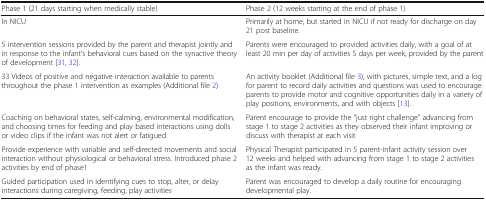
<table><thead><tr><td><b>Phase 1 (21 days starting when medically stable)</b></td><td><b>Phase 2 (12 weeks starting at the end of phase 1)</b></td></tr></thead><tbody><tr><td>In NICU</td><td>Primarily at home, but started in NICU if not ready for discharge on day 21 post baseline.</td></tr><tr><td>5 intervention sessions provided by the parent and therapist jointly and in response to the infant’s behavioral cues based on the synactive theory of development [31, 32].</td><td>Parents were encouraged to provided activities daily, with a goal of at least 20 min per day of activities 5 days per week, provided by the parent</td></tr><tr><td>33 Videos of positive and negative interaction available to parents throughout the phase 1 intervention as examples (Additional file 2)</td><td>An activity booklet (Additional file 3), with pictures, simple text, and a log for parent to record daily activities and questions was used to encourage parents to provide motor and cognitive opportunities daily in a variety of play positions, environments, and with objects [13].</td></tr><tr><td>Coaching on behavioral states, self-calming, environmental modification, and choosing times for feeding and play based interactions using dolls or video clips if the infant was not alert or fatigued</td><td>Parent encourage to provide the “just right challenge” advancing from stage 1 to stage 2 activities as they observed their infant improving or discuss with therapist at each visit</td></tr><tr><td>Provide experience with variable and self-directed movements and social interaction without physiological or behavioral stress. Introduced phase 2 activities by end of phase1</td><td>Physical Therapist participated in 5 parent-infant activity session over 12 weeks and helped with advancing from stage 1 to stage 2 activities as the infant was ready.</td></tr><tr><td>Guided participation used in identifying cues to stop, alter, or delay interactions during caregiving, feeding, play activities</td><td>Parent was encouraged to develop a daily routine for encouraging developmental play.</td></tr></tbody></table>